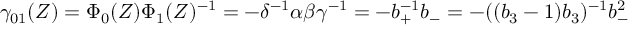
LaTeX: \gamma _ { 0 1 } ( Z ) = \Phi _ { 0 } ( Z ) \Phi _ { 1 } ( Z ) ^ { - 1 } = - \delta ^ { - 1 } \alpha \beta \gamma ^ { - 1 } = - b _ { + } ^ { - 1 } b _ { - } = - ( ( b _ { 3 } - 1 ) b _ { 3 } ) ^ { - 1 } b _ { - } ^ { 2 }